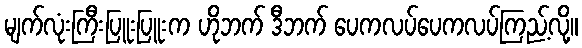
မျက်လုံးကြီးပြူးပြူးက ဟိုဘက် ဒီဘက် ပေကလပ်ပေကလပ်ကြည့်လို့။